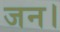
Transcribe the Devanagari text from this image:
जन।